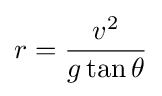
r={v^{2} \over {g\tan \theta }}